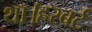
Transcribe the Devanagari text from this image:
था।हरबर्ट